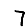
Digit: 7